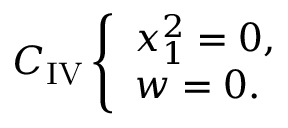
C _ { \mathrm { I V } } \left\{ \begin{array} { l } { { x _ { 1 } ^ { 2 } = 0 , } } \\ { { w = 0 . } } \end{array} \right.